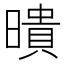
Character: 𭧫